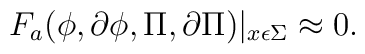
F_{a}(\phi, \partial \phi, \Pi, \partial \Pi)|_{x \epsilon \Sigma}\approx 0.